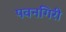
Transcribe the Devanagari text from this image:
पवनगिरी